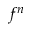
f ^ { n }